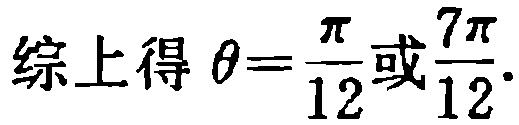
综上得 $\theta=\frac{\pi}{12}或\frac{7\pi}{12}.$